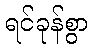
ရင်ခုန်စွာ